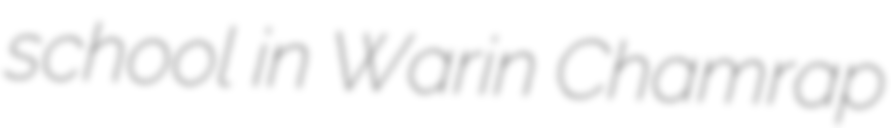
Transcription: school in Warin Chamrap